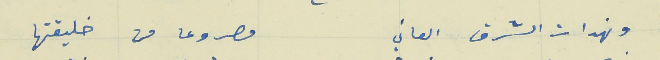
ونهدات الشرق العاتي                                      مصروعا من خليقتها